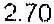
2.70